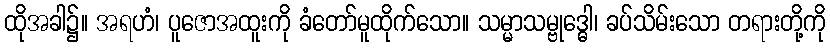
ထိုအခါ၌။ အရဟံ၊ ပူဇောအထူးကို ခံတော်မူထိုက်သော။ သမ္မာသမ္ဗုဒ္ဓေါ၊ ခပ်သိမ်းသော တရားတို့ကို